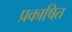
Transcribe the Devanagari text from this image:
प्रकाषित